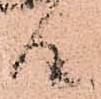
候